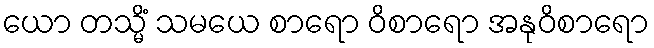
ယော တသ္မိံ သမယေ စာရော ဝိစာရော အနုဝိစာရော